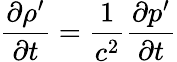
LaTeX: \frac{\partial\rho^{\prime}}{\partial t}=\frac{1}{c^{2}}\frac{\partial p^{\prime}}{\partial t}